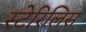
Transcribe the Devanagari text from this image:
स्टेरिलिस